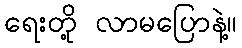
ရေးတို့ လာမပြောနဲ့။